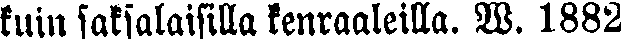
kuin saksalaisilla kenraaleilla. W. 1882